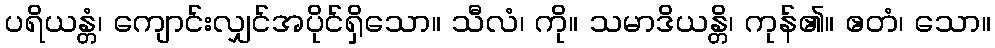
ပရိယန္တံ၊ ကျောင်းလျှင်အပိုင်ရှိသော။ သီလံ၊ ကို။ သမာဒိယန္တိ၊ ကုန်၏။ ဧတံ၊ သော။